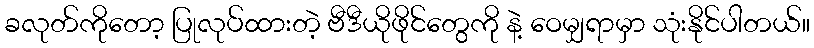
ခလုတ်ကိုတော့ ပြုလုပ်ထားတဲ့ ဗီဒီယိုဖိုင်တွေကို နဲ့ ဝေမျှရာမှာ သုံးနိုင်ပါတယ်။